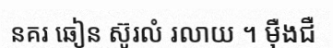
នគរ ឆៀន ស៊ូរលំ រលាយ ។ ម៉ឺងជឺ